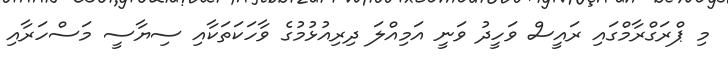
މި ޕްރަގްރާމްގައި ރައީސް ވަހީދު ވަނީ އަމިއްލަ ދިރިއުޅުމުގެ ވާހަކަތަކާއި ސިޔާސީ މަސްހަރާއި